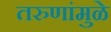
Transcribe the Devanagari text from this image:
तरुणांमुळे